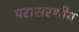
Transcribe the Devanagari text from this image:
परासरणीय